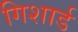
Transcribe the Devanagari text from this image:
गिशार्ड